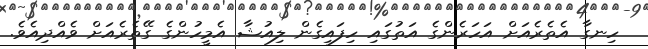
ހިނގާ އެތެރެއަށް އަހަރެންގެ އަތުގައި ހިފައިގެން ލިއުޝާ އެމީހުންގެ ގޭތެރެއަށް ވެއްދިއެވެ.